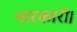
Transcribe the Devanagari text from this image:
भारकारी।